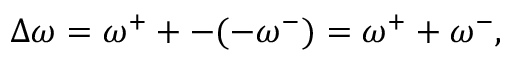
\Delta \omega = \omega ^ { + } + - ( - \omega ^ { - } ) = \omega ^ { + } + \omega ^ { - } ,